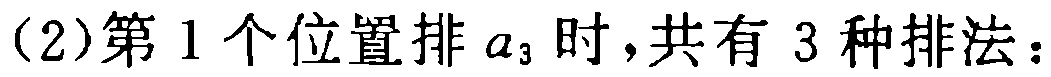
(2)第1个位置排\(a_{3}\)时，共有3种排法：